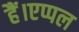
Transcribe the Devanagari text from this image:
हैं।एप्पल